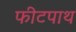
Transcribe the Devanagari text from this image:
फीटपाथ